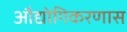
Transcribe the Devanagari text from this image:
औद्योगिकरणास